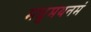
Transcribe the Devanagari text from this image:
मधुमथनमं